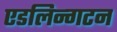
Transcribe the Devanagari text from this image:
एडलिन्गटन